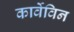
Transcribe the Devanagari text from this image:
कार्वेविन